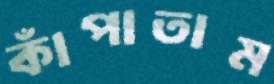
কাঁপাতাম